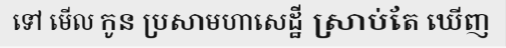
ទៅ មើល កូន ប្រសាមហាសេដ្ឋី ស្រាប់តែ ឃើញ